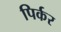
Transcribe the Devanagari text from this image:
पिर्कर